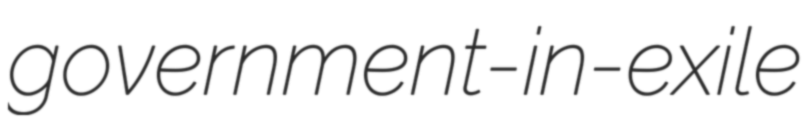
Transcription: government-in-exile